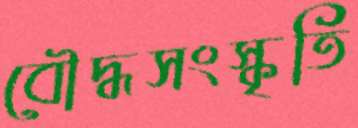
বৌদ্ধসংস্কৃতি